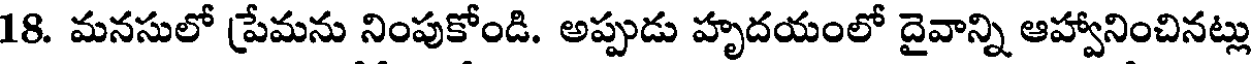
18. మనసులో ప్రేమను నింపుకోండి. అప్పుడు హృదయంలో దైవాన్ని ఆహ్వానించినట్లు